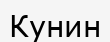
Кунин